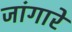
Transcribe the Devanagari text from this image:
जांगारे